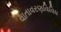
વાતાવરણવિવિધ